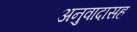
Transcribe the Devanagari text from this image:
अनुवादासह